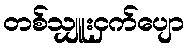
တစ်သျှူးငှက်ပျော